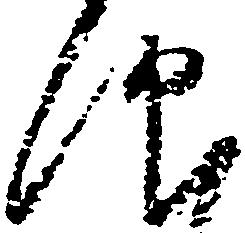
仰